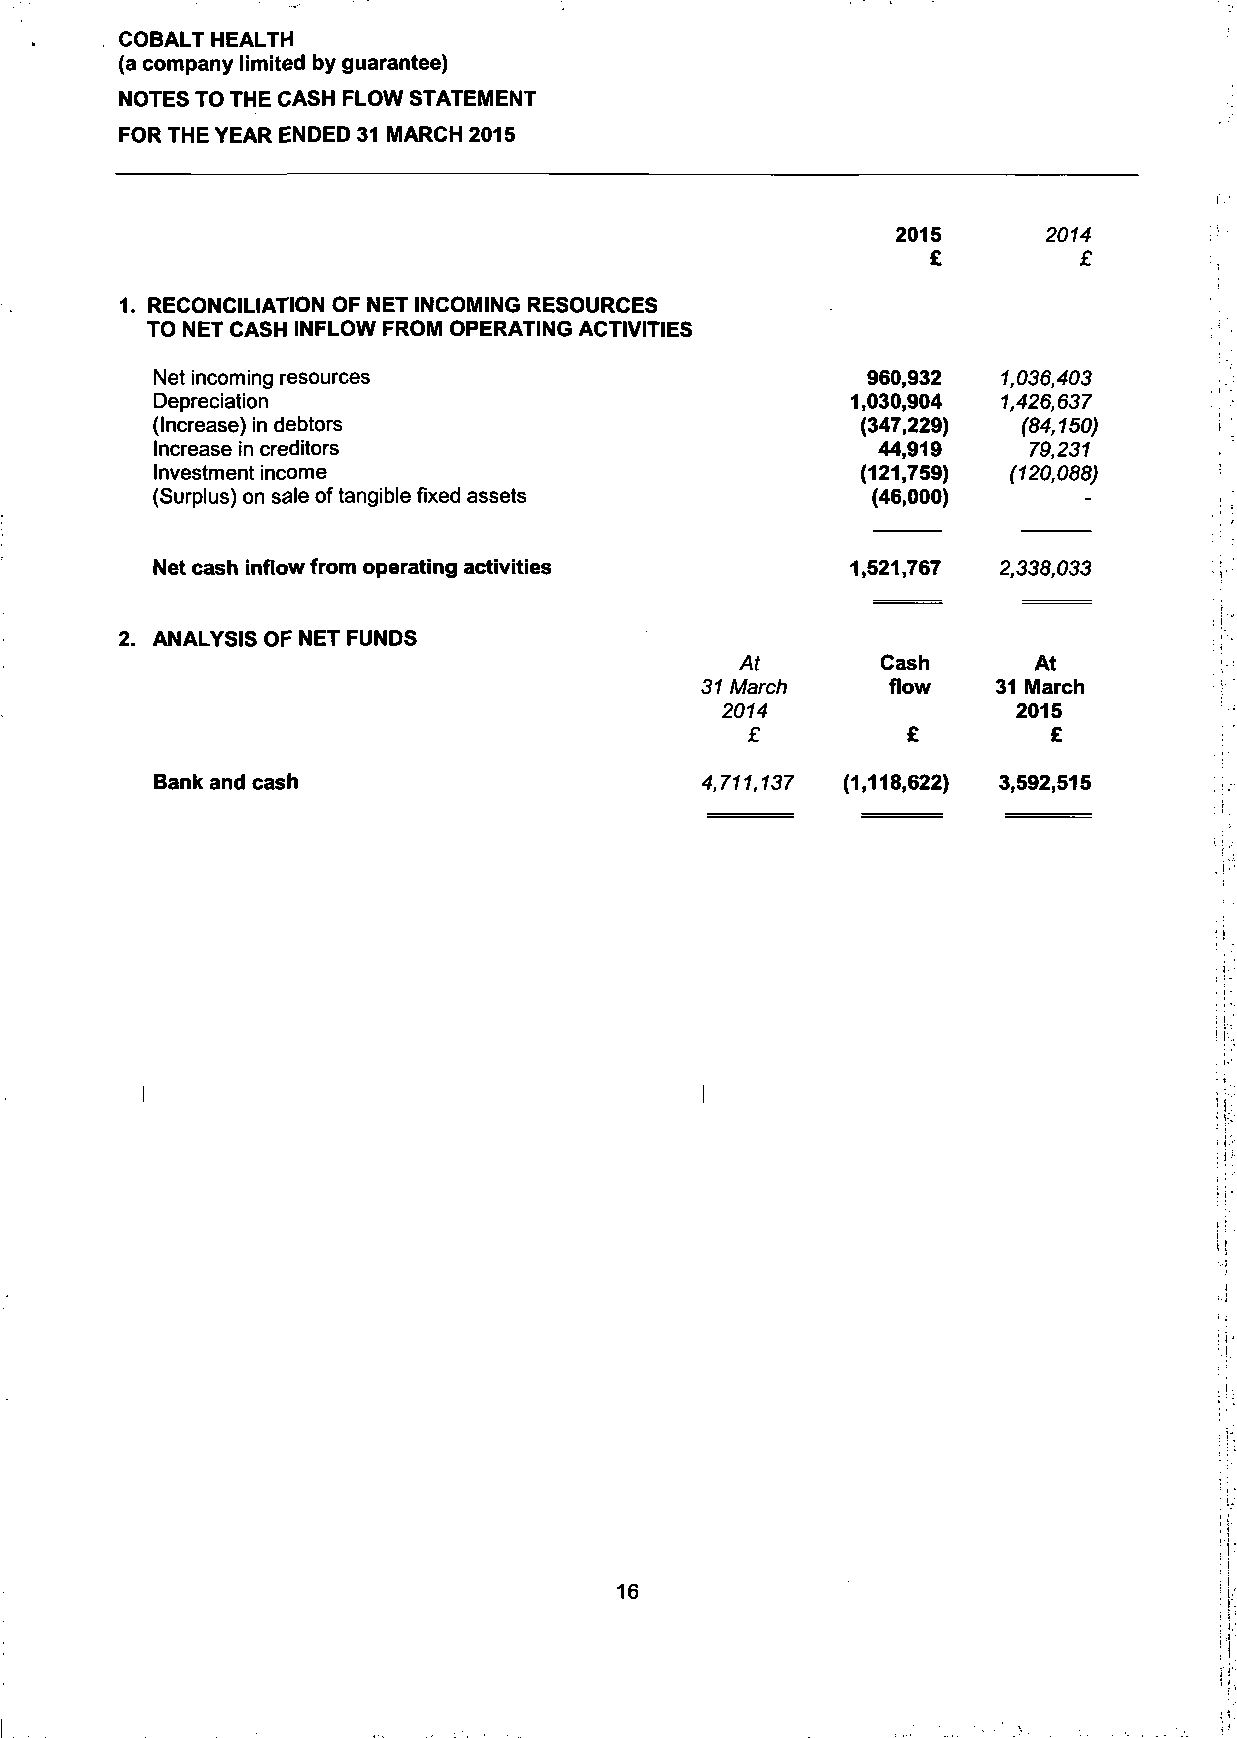
COBALT HEALTH
 (a company limited by guarantee)
 NOTES TO THE CASH FLOW STATEMENT
 FOR THE YEAR ENDED 31 MARCH 2015
 2015      2014
 £         £
 1. RECONCILIATION OF NET INCOMING RESOURCES
 TO NET CASH INFLOW FROM OPERATING ACTIVITIES
 Net incoming resources                         960,932  1,036,403
 Depreciation                                  1,030,904 1,426,637
 (Increase) in debtors                          (347,229)  (84,150)
 Increase in creditors                           44,919    79,231
 Investment income                              (121,759) (120,088)
 (Surplus) on sale of tangible fixed assets      (46,000)
 Net cash inflow from operating activities     1,521,767 2,338,033
 2. ANALYSIS OF NET FUNDS
 At       Cash      At
 31 March     flow   31 March
 2074               2015
 £          £         £
 Bank and cash                       4,711,137 (1,118,622) 3,592,515
 16